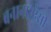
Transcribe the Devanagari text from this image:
बनाना।ऐसी